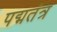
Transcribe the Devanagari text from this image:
पद्मतंत्र